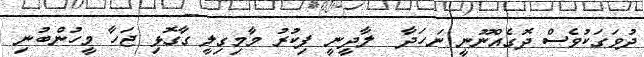
ދުވަގަކުވެސް ދޮގެއްނޫނީ ނަހަދާ  ލާދީނީ ފިކުރު މާމިގިލީ ގާގޮޅި ޖަހާ މީހުންބުނި